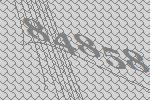
84858